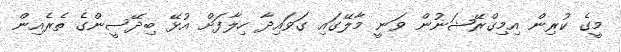
މީގެ ކުރިން އިމިގްރޭޝަނުން ވަނީ މާލޭގައި ގަވައިދާ ހިލާފަށް އުޅޭ ބިދޭސީންގެ ތެރެއިން